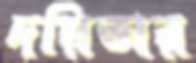
দয়িতার